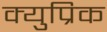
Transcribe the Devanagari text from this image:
क्युप्रिक